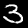
Label: 3